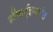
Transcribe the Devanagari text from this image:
हॉग्वार्ट्झमधील